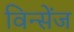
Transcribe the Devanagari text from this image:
विन्सेंज